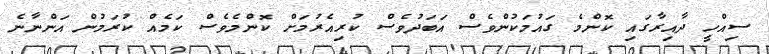
ސިއްހީ ދާއިރާގައި ކޮންމެ ގައުމަކުންވެސް އަބަދުވެސް ކުރިއެރުމަށް ކޮންމެވެސް ކަމެއް ކުރަމުން އަންނާނެ